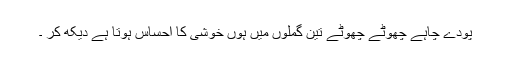
پودے چاہے چھوٹے چھوٹے تین گملوں میں ہوں خوشی کا احساس ہوتا ہے دیکھ کر ۔